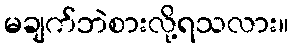
မချက်ဘဲစားလို့ရသလား။